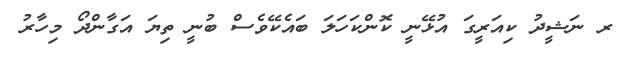
ރ ނަޝީދު ކިއަރީގަ އުޅޭނީ ކޮންކަހަލަ ބައެކޭވެސް ބުނީ ތިޔަ އަގާާންދޯ މިހާރު